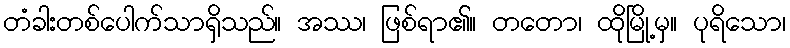
တံခါးတစ်ပေါက်သာရှိသည်။ အဿ၊ ဖြစ်ရာ၏။ တတော၊ ထိုမြို့မှ။ ပုရိသော၊